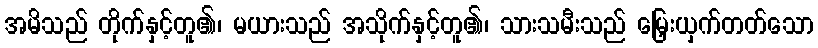
အမိသည် တိုက်နှင့်တူ၏၊ မယားသည် အသိုက်နှင့်တူ၏၊ သားသမီးသည် မြှေးယှက်တတ်သော